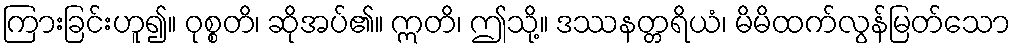
ကြားခြင်းဟူ၍။ ဝုစ္စတိ၊ ဆိုအပ်၏။ ဣတိ၊ ဤသို့။ ဒဿနတ္တရိယံ၊ မိမိထက်လွန်မြတ်သော